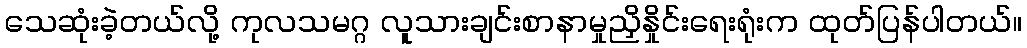
သေဆုံးခဲ့တယ်လို့ ကုလသမဂ္ဂ လူသားချင်းစာနာမှုညှိနှိုင်းရေးရုံးက ထုတ်ပြန်ပါတယ်။